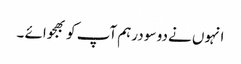
انہوں نے دو سو درہم آپ کو بھجوائے ۔